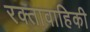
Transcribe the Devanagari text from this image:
रक्तावाहिकी